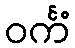
ဝင်္ကံ